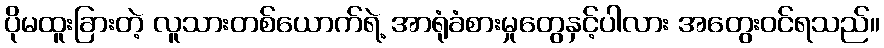
ပိုမထူးခြားတဲ့ လူသားတစ်ယောက်ရဲ့ အာရုံခံစားမှုတွေနှင့်ပါလား အတွေးဝင်ရသည်။